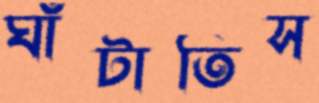
ঘাঁটাতিস